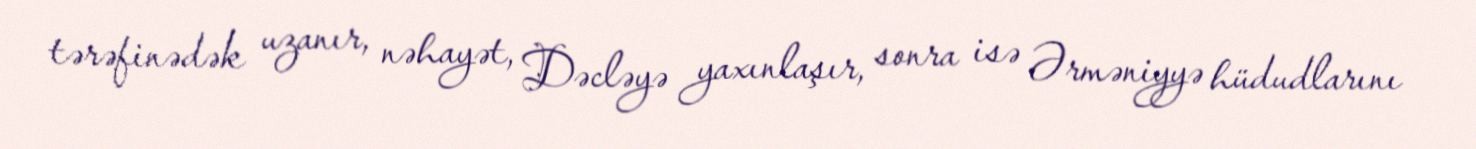
tərəfinədək uzanır, nəhayət, Dəcləyə yaxınlaşır, sonra isə Ərməniyyə hüdudlarını